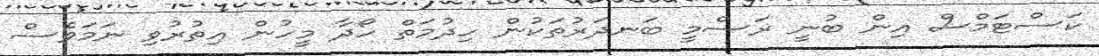
ކަސްޓަމްސް އިން ބުނީ ރަސްމީ ބަނދަރުތަކުން ހިދުމަތް ހޯދާ މީހުން އިތުރުވި ނަމަވެސް